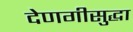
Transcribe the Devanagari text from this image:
देणगीसुद्धा